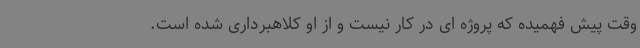
وقت پیش فهمیده که پروژه ای در کار نیست و از او کلاهبرداری شده است.